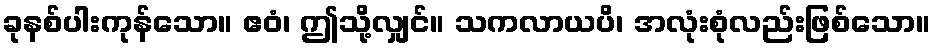
ခုနစ်ပါးကုန်သော။ ဧဝံ၊ ဤသို့လျှင်။ သကလာယပိ၊ အလုံးစုံလည်းဖြစ်သော။